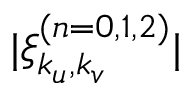
| \xi _ { k _ { u } , k _ { v } } ^ { ( n = 0 , 1 , 2 ) } |